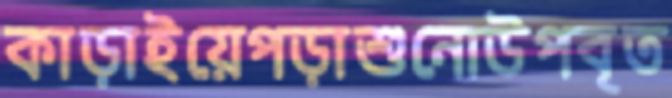
কাড়াইয়েপড়াশুনোউপবৃত